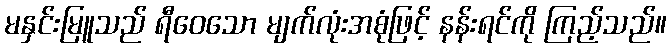
မနှင်းမြူသည် ရီဝေသော မျက်လုံးအစုံဖြင့် နန်းရင်ကို ကြည့်သည်။